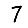
Digit: 7